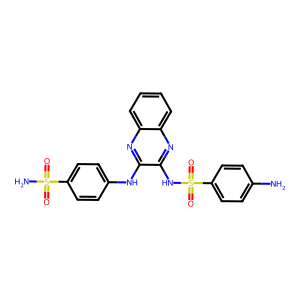
SMILES: Nc1ccc(S(=O)(=O)Nc2nc3ccccc3nc2Nc2ccc(S(N)(=O)=O)cc2)cc1
Inhibits HIV replication: No